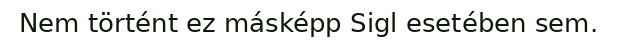
Nem történt ez másképp Sigl esetében sem.